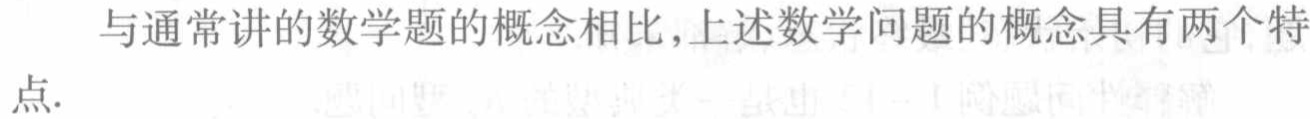
与通常讲的数学题的概念相比,上述数学问题的概念具有两个特
点.